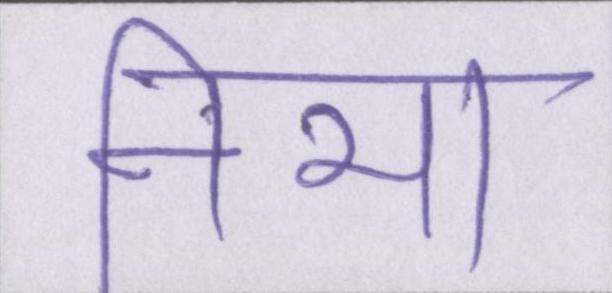
निभा